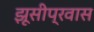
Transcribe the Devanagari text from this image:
झूसीप्रवास